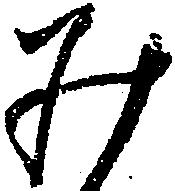
み